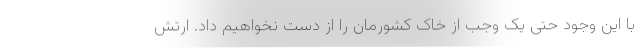
با این وجود حتی یک وجب از خاک کشورمان را از دست نخواهیم داد. ارتش